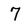
Character: 7